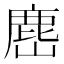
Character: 𭗎